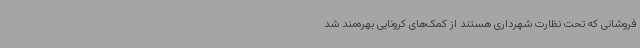
فروشانی که تحت نظارت شهرداری هستند از کمک‌های کرونایی بهره‌مند شد